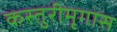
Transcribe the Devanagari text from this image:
कस्तुरीमृगास